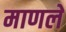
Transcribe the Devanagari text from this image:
माणले